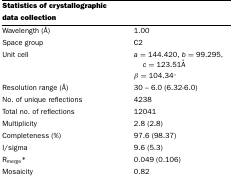
<table><thead><tr><td><b>Statistics of crystallographic data collection</b></td><td></td></tr></thead><tbody><tr><td>Wavelength (Å)</td><td>1.00</td></tr><tr><td>Space group</td><td>C2</td></tr><tr><td>Unit cell</td><td><i>a</i>=144.420, <i>b</i>=99.295, <i>c</i>=123.51Å</td></tr><tr><td></td><td>β=104.34°</td></tr><tr><td>Resolution range (Å)</td><td>30–6.0 (6.32-6.0)</td></tr><tr><td>No. of unique reflections</td><td>4238</td></tr><tr><td>Total no. of reflections</td><td>12041</td></tr><tr><td>Multiplicity</td><td>2.8 (2.8)</td></tr><tr><td>Completeness (%)</td><td>97.6 (98.37)</td></tr><tr><td>I/sigma</td><td>9.6 (5.3)</td></tr><tr><td>R<sub>merge</sub>*</td><td>0.049 (0.106)</td></tr><tr><td>Mosaicity</td><td>0.82</td></tr></tbody></table>